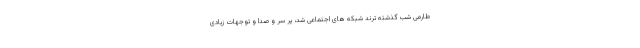
طارمی شب گذشته ترند شبکه های اجتماعی شد، پر سر و صدا و توجهات زیادی